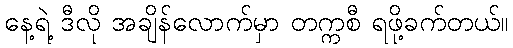
နေ့ရဲ့ ဒီလို အချိန်လောက်မှာ တက္ကစီ ရဖို့ခက်တယ်။